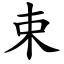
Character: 束